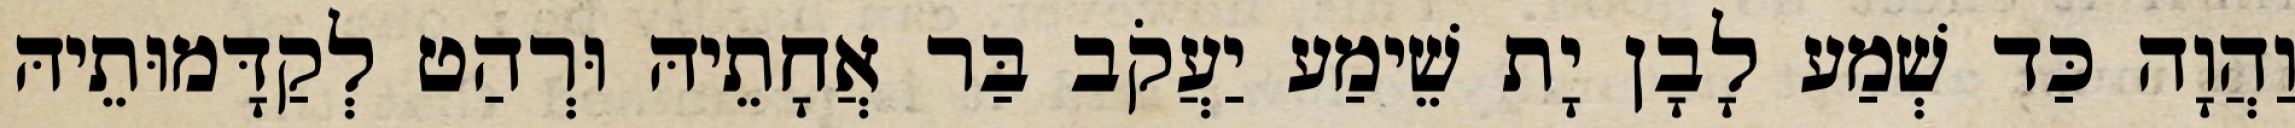
וַהֲוָה כַּד שְׁמַע לָבָן יָת שֵׁימַע יַעֲקֹב בַּר אֲחָתֵיהּ וּרְהַט לְקַדָּמוּתֵיהּ